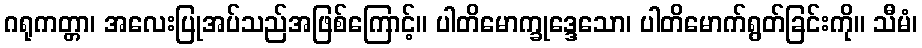
ဂရုကတ္တာ၊ အလေးပြုအပ်သည်အဖြစ်ကြောင့်။ ပါတိမောက္ခုဒ္ဒေသော၊ ပါတိမောက်ရွတ်ခြင်းကို။ သီမံ၊